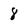
Character: 8